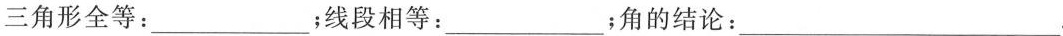
三角形全等：___；线段相等：___；角的结论：___.